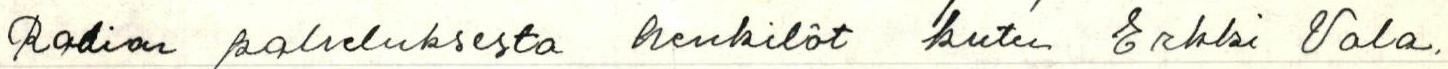
Radion palveluksesta henkilöt kuten Erkki Vala.